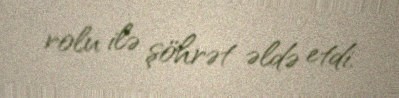
rolu ilə şöhrət əldə etdi.